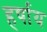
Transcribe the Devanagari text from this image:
हर्षाय